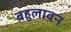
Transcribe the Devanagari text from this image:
बहुलावन